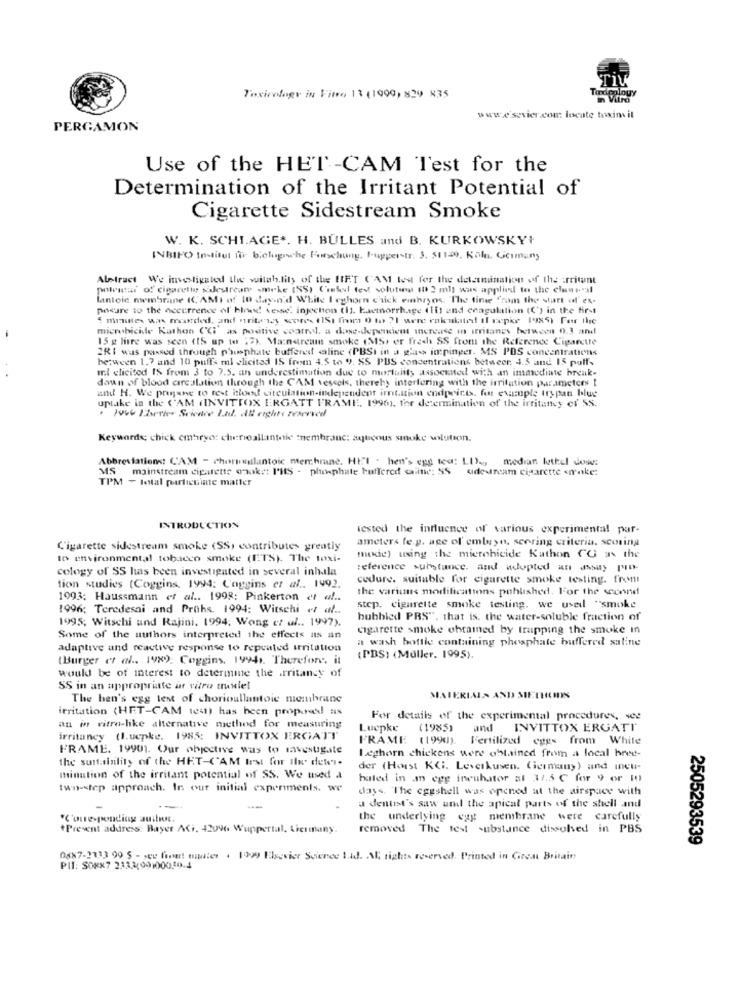
Tardeology
Toxicology in Vino 13 (1999) 829 835
in Vitro
www.esevier.com locate toxins il
PERGAMON
Use of the HET -CAM Test for the
Determination of the Irritant Potential of
Cigarette Sidestream Smoke
W. K. SCHI.AGE+. H. BULLES and B. KURKOWSKY+
INBIFO Institut für biologische Forschung. Iugperstr. 3. 51129, Köln, Germany
Abstract We investigated the witability of the GIFT CAM west for the determination of the arrivant
polentar of cigarette sidestream smoke (SS) Chatel test volutoma (0 2 ml) was applied to the clone"al
lanloic membriine IC AMI of 10 day-n'd White I cghorn chsick embryos. "The line "rom the start of' ex-
pocure to the occurrence of hind versie. injection (i. Eamorrhage (it and coagulation (C) in the first
E minister was recorded, and writers scores 1151 Ihm 0 to 71 were enkukated Il cepke 19X5) For the
microbicide Kathon (Ci' as positive voarrl, a dose-deperkiem increase in irritanes between 0.3 and
15 g lire was seen (IS up to 17) Mainstream smoke (MS) er fresh SS from the Reference Cigarette
2RI was passed through phosphate buffered aline (PBSI in a glass impinger. MS PDS concentrations
between 1.7 and 10 puffs ml elicited 15 from 4.5 to 9. 85 PUS concentrations between. 4.5 and 15 puff.
Il clicited IS from 3 to 7.5. an underestimation due to mortality assockned with an immediate break-
dawn of blood circulation through the CAM vescols, thereby interfering with the irritation parameters I
and H. We prinsne to rest blood circulation-independent irnt.ation endpoints. for example trypan blue
uptake in the CAM (INVITTOX ERGATT FRAME, 1996), for determination of the irritantey er SS.
. 196 Thevier Science Ind. All rights reserved
Keyworde chick embryo: chufoallantnie :nembranc: aqueous smoke volution.
Abbreviations: CAM - chormilantoic membrane. HEI . hen's egg ted: LDag, median luthel dow:
MS mainstream cigarette chok :: I'HIS - phosphate buffered eine: SS sidedream cigarette <make:
TPM - total particulate matter
INTRODUCTION
tested the influence of various experimental par-
ameters fe.p. age of' embryo, scoring criteria. scoring
Cigarette sidestream smoke (SS, contributes greatly
to environmental tobacco smoke (ETS). The toxi-
mukie) using the microbicide Kathon CO as the
cology of SS has been investigated in several inhala
reference substance. and adopted an assay pro-
cedure. suitable for cigarette smoke testing. from
tion studies (Coggins, 1994: Coggins et al .. 1992.
the various modifications published. For the second
1993: Haussmann et al .. 1998; Pinkerton et al ..
1996; Teredesai and Prohs. 1994: Witschi et al ..
step. cigarette smoke testing, we used "smoke
1995; Witschi and Rajini. 1994. Wong et al .. 1997).
bubbled PRS", that is, the water-soluble fraction of
cigarette smoke obtained by trapping the smoke in
Some of the authors interpreted the effects as an
a wash bottle containing phosphate buffered saline
adaptive and reactive response to repeated irritation
(Burger et al .. 1989: Coggins, 19941. Therefore. it
(PBS) (Muller. 1995).
would be of interest to determine the rritancy of
SS in an appropriate ar vitro truwlel
The ben's egg test of chorioullantoie membrane
MATERIALS AND METHODS
irritation (HET-CAM 1091) has been proposed as
For details of the experimental procedures, wee
an in vitro-like alternative method for measuring
Lucpke
(1985)
and
INVITTOX ERGATT
irritancy (l.uepke. 1985: INVITTOX ERGATT
FRAME (1990). Fertilized eggs from White
FRAME. 19901. Our objective was to savestigite
the surtainility of the HET-CAM Irst for Ilw. deter-
Leghorn chickens were obtained from a local bree-
der (Horst KG. Leverkusen. Germany) und incu-
minution of the irritant potential of SS. We used a
baled in an egg incubator al 37.5 C for 9 or 10
two-step approach. In our initial experiments. we
days 'The eggshell was opened at the airspace with
a dentist's saw and the apical parts of the shell and
--
the underlying egg membrane were carefully
"Present address: Bayer Aci. 42096 Wuppertal. Lieumany.
removed The test substance dissolved in PBS
2505293539
0887-2113 99 5 - see finet mutter . 1999 Elsevier Science 1.4d. Al rights reserved. Printed in Great Britain
PIT: SOKX7 2333(991000020.4